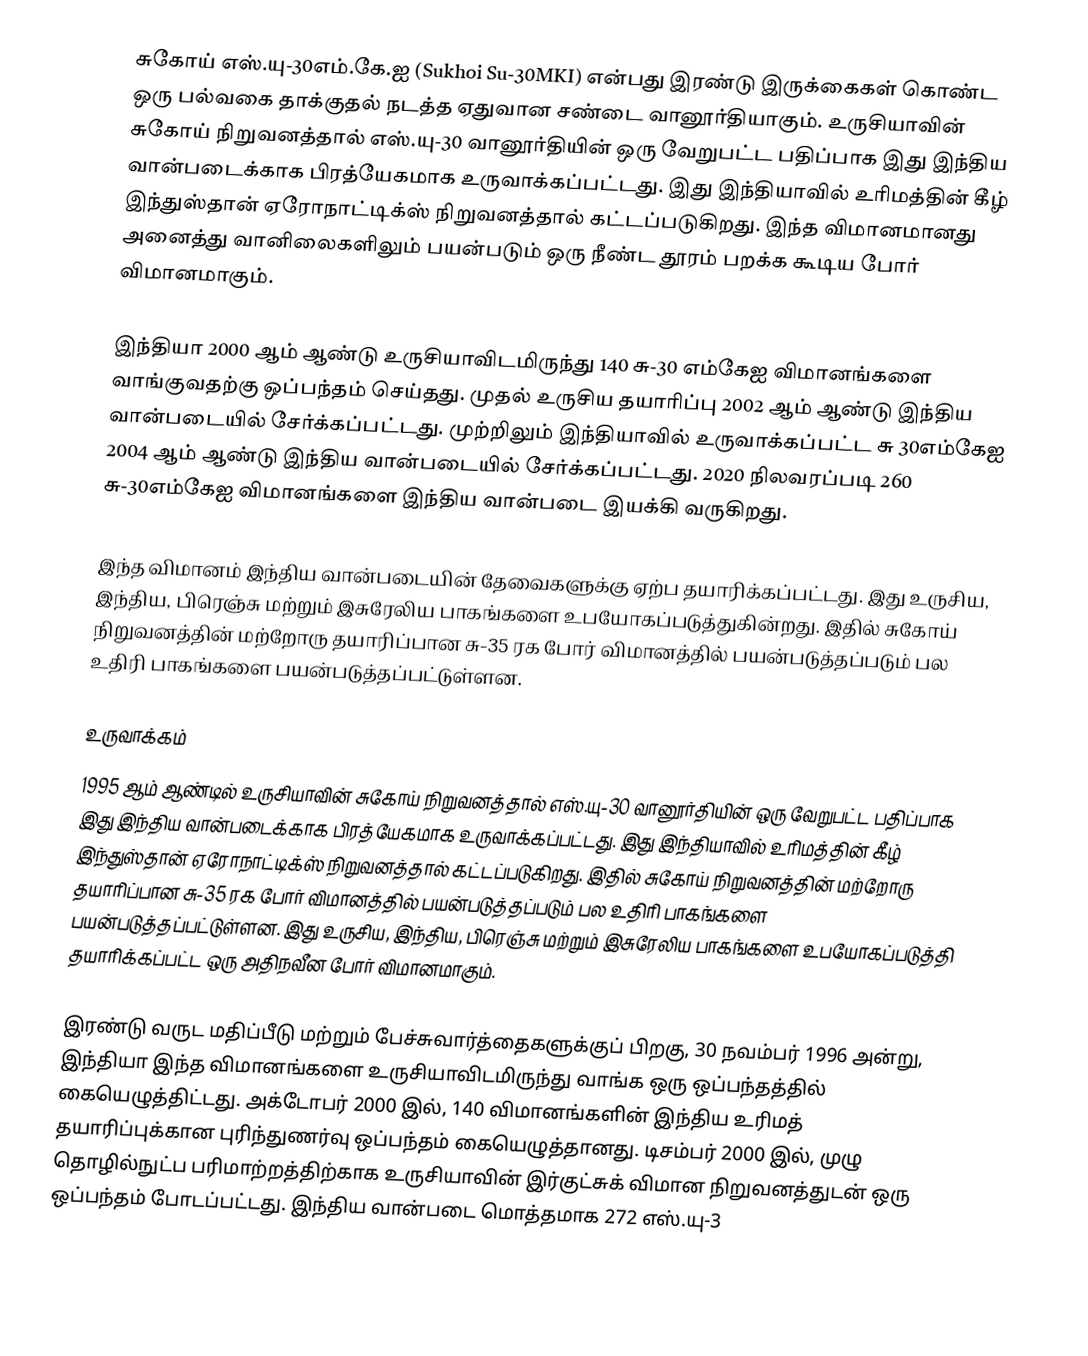
சுகோய் எஸ்.யு-30எம்.கே.ஐ (Sukhoi Su-30MKI) என்பது இரண்டு இருக்கைகள் கொண்ட ஒரு பல்வகை தாக்குதல் நடத்த ஏதுவான சண்டை வானூர்தியாகும். உருசியாவின் சுகோய் நிறுவனத்தால் எஸ்.யு-30 வானூர்தியின் ஒரு வேறுபட்ட பதிப்பாக இது இந்திய வான்படைக்காக பிரத்யேகமாக உருவாக்கப்பட்டது. இது இந்தியாவில் உரிமத்தின் கீழ் இந்துஸ்தான் ஏரோநாட்டிக்ஸ் நிறுவனத்தால் கட்டப்படுகிறது. இந்த விமானமானது அனைத்து வானிலைகளிலும் பயன்படும் ஒரு  நீண்ட தூரம் பறக்க கூடிய போர் விமானமாகும்.

இந்தியா 2000 ஆம் ஆண்டு உருசியாவிடமிருந்து 140 சு-30 எம்கேஐ விமானங்களை வாங்குவதற்கு ஒப்பந்தம் செய்தது. முதல் உருசிய தயாரிப்பு 2002 ஆம் ஆண்டு இந்திய வான்படையில் சேர்க்கப்பட்டது. முற்றிலும் இந்தியாவில் உருவாக்கப்பட்ட சு 30எம்கேஐ 2004 ஆம் ஆண்டு இந்திய வான்படையில் சேர்க்கப்பட்டது. 2020 நிலவரப்படி 260 சு-30எம்கேஐ விமானங்களை இந்திய வான்படை இயக்கி வருகிறது.

இந்த விமானம் இந்திய வான்படையின் தேவைகளுக்கு ஏற்ப தயாரிக்கப்பட்டது. இது உருசிய, இந்திய, பிரெஞ்சு மற்றும் இசுரேலிய பாகங்களை உபயோகப்படுத்துகின்றது. இதில் சுகோய் நிறுவனத்தின் மற்றோரு தயாரிப்பான சு-35 ரக போர் விமானத்தில் பயன்படுத்தப்படும் பல உதிரி பாகங்களை பயன்படுத்தப்பட்டுள்ளன.

உருவாக்கம்
1995 ஆம் ஆண்டில் உருசியாவின் சுகோய் நிறுவனத்தால் எஸ்.யு-30 வானூர்தியின் ஒரு வேறுபட்ட பதிப்பாக இது இந்திய வான்படைக்காக பிரத்யேகமாக உருவாக்கப்பட்டது. இது இந்தியாவில் உரிமத்தின் கீழ் இந்துஸ்தான் ஏரோநாட்டிக்ஸ் நிறுவனத்தால் கட்டப்படுகிறது. இதில் சுகோய் நிறுவனத்தின் மற்றோரு தயாரிப்பான சு-35 ரக போர் விமானத்தில் பயன்படுத்தப்படும் பல உதிரி பாகங்களை பயன்படுத்தப்பட்டுள்ளன. இது உருசிய, இந்திய, பிரெஞ்சு மற்றும் இசுரேலிய பாகங்களை உபயோகப்படுத்தி தயாரிக்கப்பட்ட ஒரு அதிநவீன போர் விமானமாகும்.

இரண்டு வருட மதிப்பீடு மற்றும் பேச்சுவார்த்தைகளுக்குப் பிறகு, 30 நவம்பர் 1996 அன்று, இந்தியா இந்த விமானங்களை உருசியாவிடமிருந்து வாங்க ஒரு ஒப்பந்தத்தில் கையெழுத்திட்டது. அக்டோபர் 2000 இல், 140 விமானங்களின்  இந்திய உரிமத் தயாரிப்புக்கான புரிந்துணர்வு ஒப்பந்தம் கையெழுத்தானது. டிசம்பர் 2000 இல், முழு தொழில்நுட்ப பரிமாற்றத்திற்காக உருசியாவின் இர்குட்சுக் விமான நிறுவனத்துடன் ஒரு ஒப்பந்தம் போடப்பட்டது. இந்திய வான்படை மொத்தமாக 272 எஸ்.யு-3